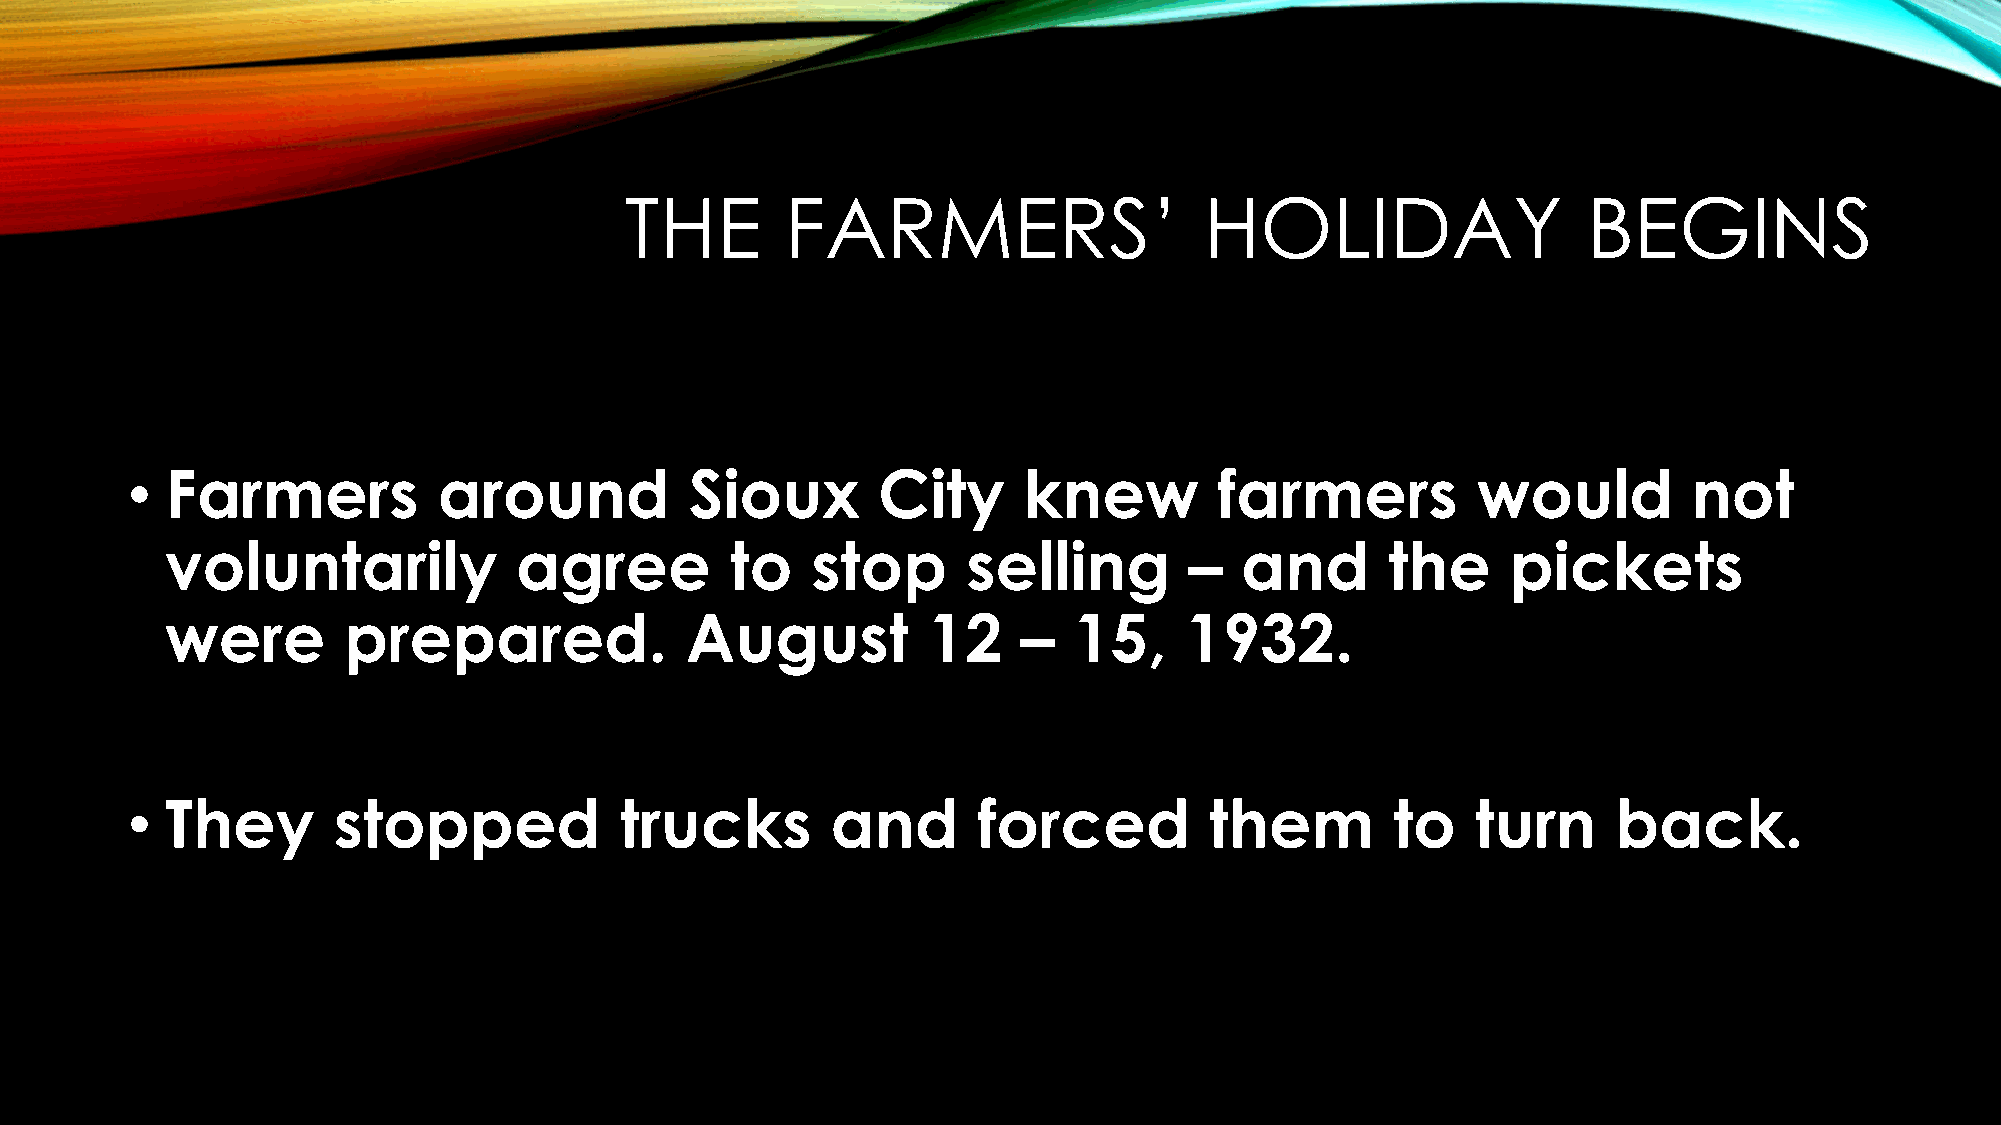
THE        FARMERS’                    HOLIDAY                  BEGINS
 •  Farmers           around           Sioux       City      knew         farmers          would         not
 voluntarily            agree         to    stop      selling        –  and       the     pickets
 were        prepared.             August          12     –  15,    1932.
 •  They       stopped            trucks        and       forced         them        to    turn     back.